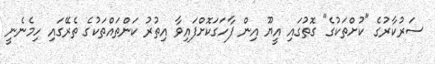
ސަރުކާރުގެ "ކުށްތަކުގެ" ގޮތުގައި އީޔޫ އިން ފާހަގަކޮށްފައިވާ އިތުރު ކަންތައްތަކުގެ ތެރޭގައި ހިމެނެނީ